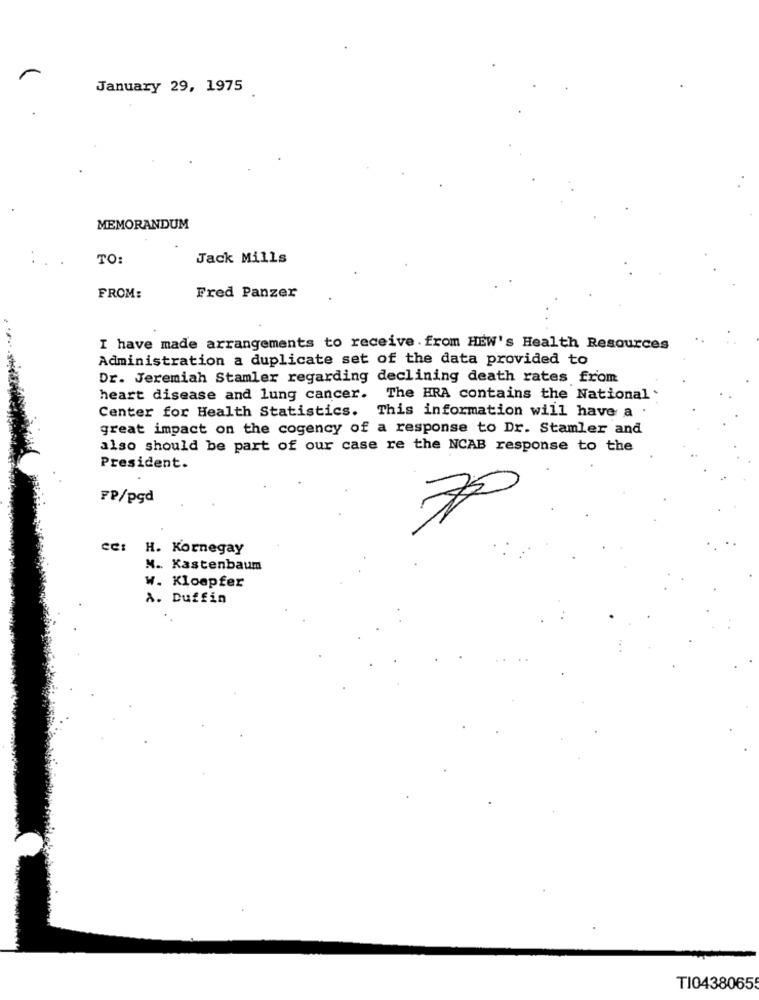
January 29, 1975
MEMORANDUM
TO:
Jack Mills
FROM:
Fred Panzer
I have made arrangements to receive. from HEW's Health Resources
Administration a duplicate set of the data provided to
Dr. Jeremiah Stamler regarding declining death rates from
heart disease and lung cancer. The HRA contains the National
Center for Health Statistics. This information will have a .
great impact on the cogency of a response to Dr. Stamler and
also should be part of our case re the NCAB response to the
President.
FP/pyd
70
cc: H. Kornegay
N. Kastenbaum
W. Kloepfer
A. Duffin
TI0438065